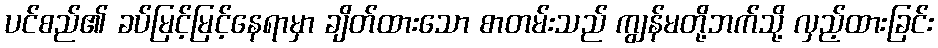
ပင်စည်၏ ခပ်မြင့်မြင့်နေရာမှာ ချိတ်ထားသော စာတမ်းသည် ကျွန်မတို့ဘက်သို့ လှည့်ထားခြင်း